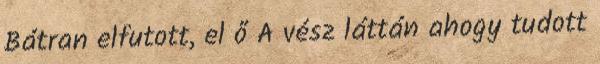
Bátran elfutott, el ő A vész láttán ahogy tudott